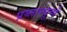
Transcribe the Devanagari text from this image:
प्रय्तान्पूर्ण